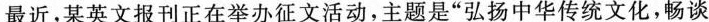
最近，某英文报刊正在举办征文活动，主题是”弘扬中华传统文化，畅谈